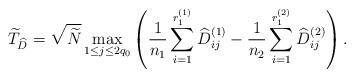
LaTeX: \begin{align*}\widetilde{T}_{\widehat{D}}=\sqrt{\widetilde{N}}\max_{1\leq j\leq2q_0}\left(\frac{1}{n_1}\sum^{r_1^{(1)}}_{i=1}\widehat{D}_{ij}^{(1)}-\frac{1}{n_2}\sum^{r_1^{(2)}}_{i=1}\widehat{D}_{ij}^{(2)}\right).\end{align*}